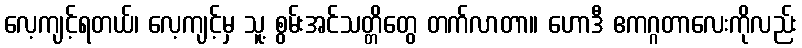
လေ့ကျင့်ရတယ်၊ လေ့ကျင့်မှ သူ့ စွမ်းအင်သတ္တိတွေ တက်လာတာ။ ဟောဒီ ဧကဂ္ဂတာလေးကိုလည်း